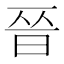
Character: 𫞄